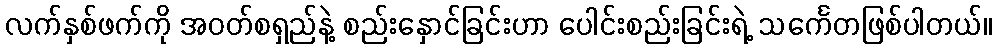
လက်နှစ်ဖက်ကို အဝတ်စရှည်နဲ့ စည်းနှောင်ခြင်းဟာ ပေါင်းစည်းခြင်းရဲ့ သင်္ကေတဖြစ်ပါတယ်။